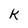
Character: k